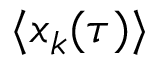
\langle x _ { k } ( \tau ) \rangle